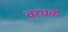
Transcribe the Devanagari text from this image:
वरधक